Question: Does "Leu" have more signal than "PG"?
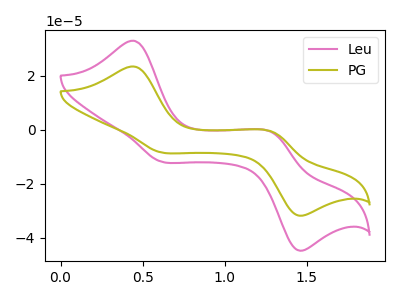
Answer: <think>The pink curve "Leu" has anodic peaks at (0.45V, 32.90uA) (1.30V, -1.10uA) and cathodic peaks at (0.60V, -11.65uA) (1.45V, -44.40uA). The olive curve "PG" has anodic peaks at (0.45V, 23.40uA) (1.30V, -0.75uA) and cathodic peaks at (0.60V, -8.30uA) (1.45V, -31.55uA).
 All the peaks in "Leu" have a peak in "PG" at the same potential.</think>
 <answer>I cant tell if "Leu" or "PG" has more signal.</answer>
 <eval>mixed_signal</eval>